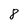
Character: 8